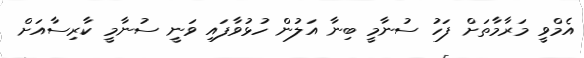
އެމްވީ މަރާމާތަށް ފަހު ސުނާމީ ބިނާ އަލުން ހުޅުވާފައި ވަނީ ސުނާމީ ކާރިސާއަށް